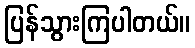
ပြန်သွားကြပါတယ်။